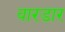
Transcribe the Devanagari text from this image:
वारडार